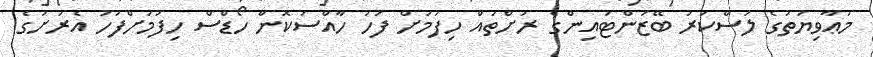
މުޢާވިޔަތުގެ ލަސްކަރު ބޭޒަންޓައިންގެ ރަށްތައް ހިފުމަށް ފަހު ހާއްސަކޮން ހޯޑްސް ހިފުމަށްފަހު އެރަށުގެ